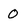
Character: O